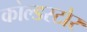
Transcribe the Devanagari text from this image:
कोल्डस्टोर